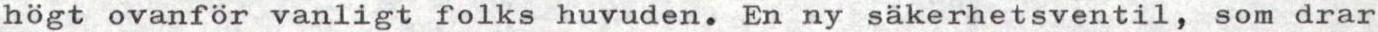
högt ovanför vanligt folks huvuden. En ny säkerhetsventil, som drar